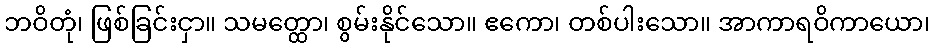
ဘဝိတုံ၊ ဖြစ်ခြင်းငှာ။ သမတ္ထော၊ စွမ်းနိုင်သော။ ဧကော၊ တစ်ပါးသော။ အာကာရဝိကာယော၊